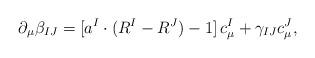
LaTeX: \begin{align*}\partial_\mu\beta_{IJ}=[a^I\cdot (R^I-R^J)-1]\,c^I_\mu+\gamma_{IJ}c^J_\mu,\end{align*}